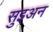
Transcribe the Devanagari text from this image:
सुइअन